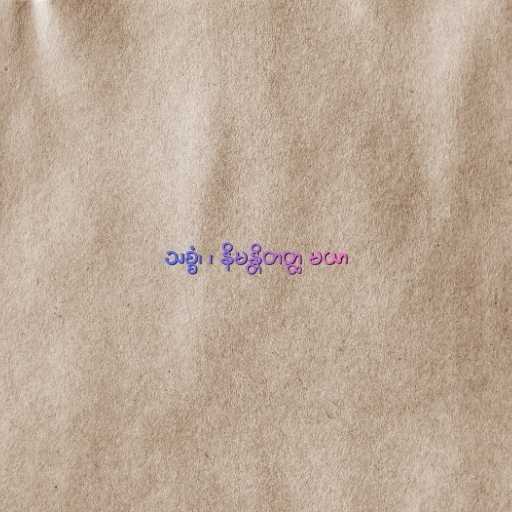
သစ္စံ၊ ၊ နိမန္တိတတ္ထ မယာ